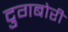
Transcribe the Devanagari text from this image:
द्रुगबोरी